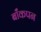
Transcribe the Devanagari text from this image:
बाँकपन